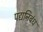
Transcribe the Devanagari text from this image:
पद्यनिबंध